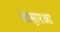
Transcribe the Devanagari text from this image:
आस़ारआ